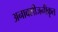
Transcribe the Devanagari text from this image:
अनाक्सीजनीकृत